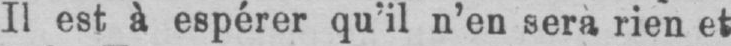
Il est à espérer qu’il n’en sera rien et